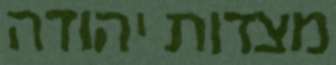
מצדות יהודה